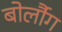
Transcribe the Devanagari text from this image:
बोर्लौग